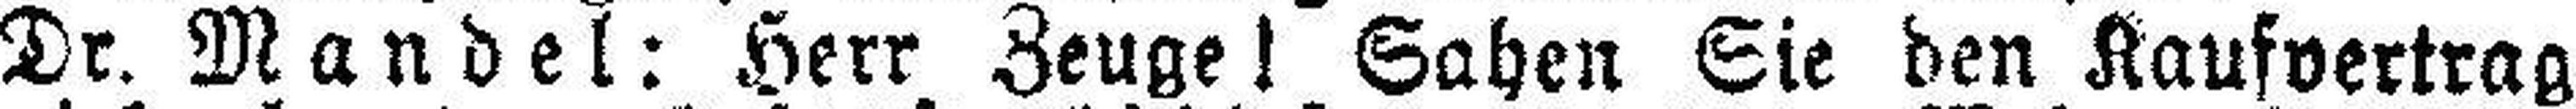
Dr. Mandel: Herr Zeuge! Sahen Sie den Kaufvertrag